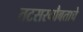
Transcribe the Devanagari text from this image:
तटसरनौबताचे